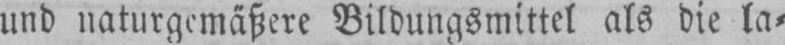
und naturgemäßere Bildungsmittel als die la⸗